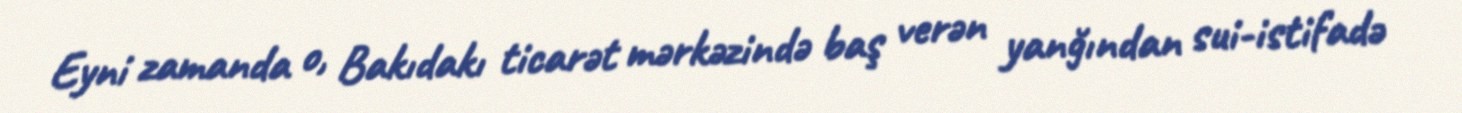
Eyni zamanda o, Bakıdakı ticarət mərkəzində baş verən yanğından sui-istifadə